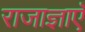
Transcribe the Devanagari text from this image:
राजाज्ञाएँ